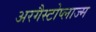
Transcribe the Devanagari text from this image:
अरगैस्टोप्लाज्म